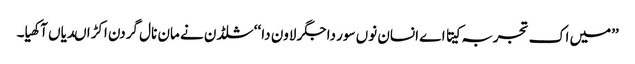
’’میں اک تجربہ کیتا اے انسان نوں سور دا جگر لاون دا ‘‘ شلڈن نے مان نال گردن اکڑا ںدیاں آکھیا۔